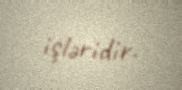
işləridir.